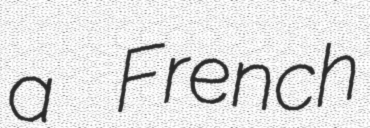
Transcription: a French